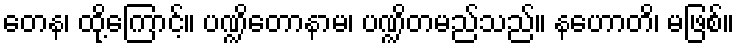
တေန၊ ထို့ကြောင့်။ ပဏ္ဍိတောနာမ၊ ပဏ္ဍိတမည်သည်။ နဟောတိ၊ မဖြစ်။